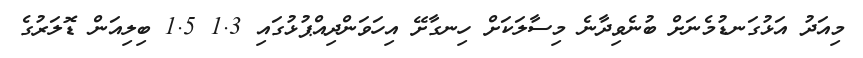
މިއަދު އަޅުގަނޑުމެނަށް ބުނެވިދާނެ މިސާލަކަށް ހިނގާށޭ އިހަވަންދިއްޕުޅުގައި 1.3 1.5 ބިލިއަން ޑޮލަރުގެ